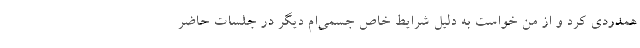
همدردی کرد و از من خواست به دلیل شرایط خاص جسمی‌ام دیگر در جلسات حاضر